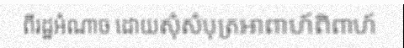
ពីរដ្ឋអំណាច ដោយសុំសំបុត្រអាពាហ៍ពិពាហ៍